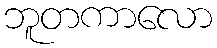
ဘူတကာလော